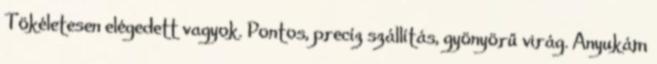
Tökéletesen elégedett vagyok. Pontos, precíz szállítás, gyönyörű virág. Anyukám